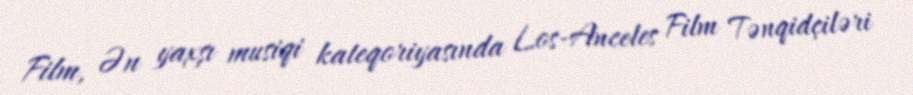
Film, Ən yaxşı musiqi kateqoriyasında Los-Anceles Film Tənqidçiləri